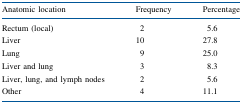
<table><thead><tr><td><b>Anatomic location</b></td><td><b>Frequency</b></td><td><b>Percentage</b></td></tr></thead><tbody><tr><td>Rectum (local)</td><td>2</td><td>5.6</td></tr><tr><td>Liver</td><td>10</td><td>27.8</td></tr><tr><td>Lung</td><td>9</td><td>25.0</td></tr><tr><td>Liver and lung</td><td>3</td><td>8.3</td></tr><tr><td>Liver, lung, and lymph nodes</td><td>2</td><td>5.6</td></tr><tr><td>Other</td><td>4</td><td>11.1</td></tr></tbody></table>